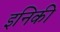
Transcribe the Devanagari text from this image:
इनिकी